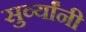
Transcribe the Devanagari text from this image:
सुर्व्यांनी